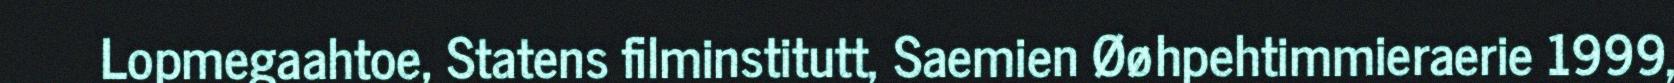
Lopmegaahtoe, Statens filminstitutt, Saemien Øøhpehtimmieraerie 1999,